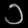
Digit: ၁